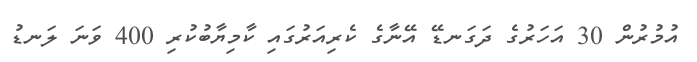
އުމުރުން 30 އަހަރުގެ ދަގަނޑޭ އޭނާގެ ކެރިއަރުގައި ކާމިޔާބުކުރި 400 ވަނަ ލަނޑު